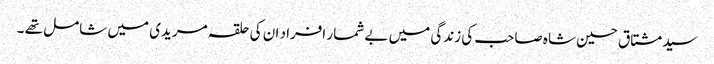
سید مشتاق حسین شاہ صاحب کی زندگی میں بے شمار افراد ان کی حلقہ مریدی میں شامل تھے ۔